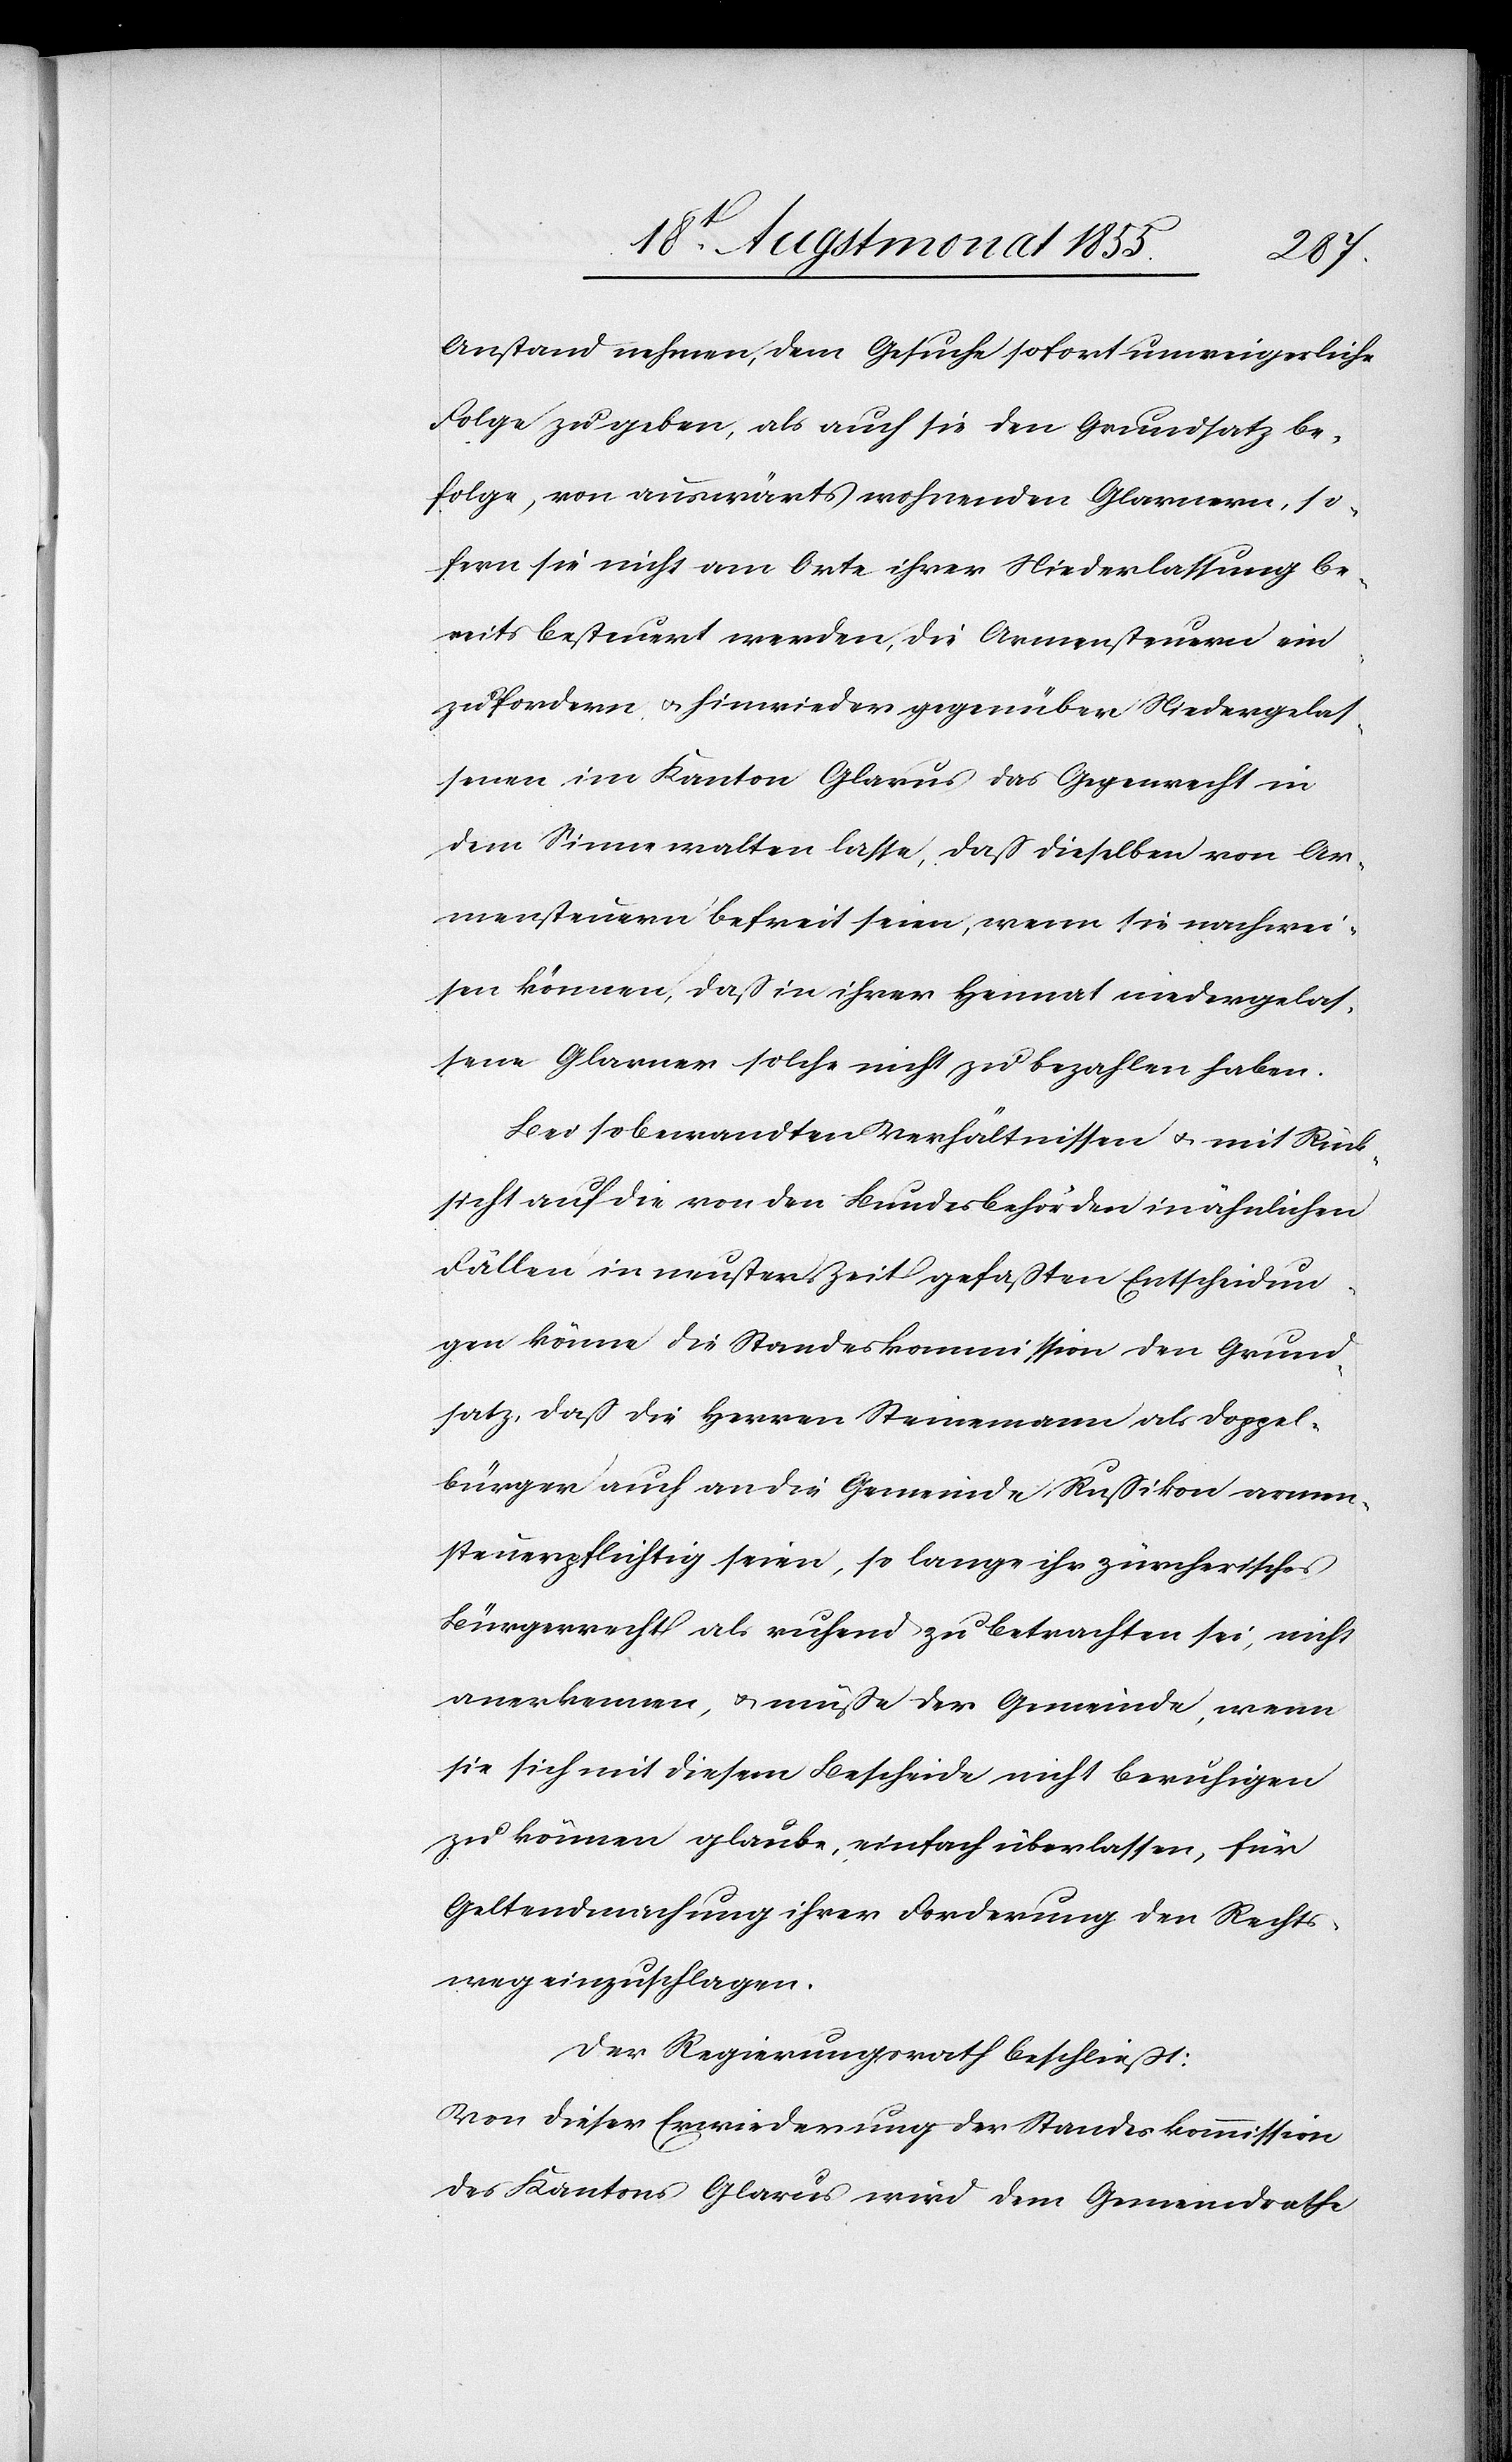
Anstand nehmen, dem Gesuche sofort unweigerliche
Folge zu geben, als auch sie den Grundsatz be¬
folge, von auswärts wohnenden Glarnern, so¬
fern sie nicht am Orte ihrer Niederlassung be¬
reits besteuert werden, die Armensteuern ein¬
zufordern & hinwieder gegenüber Niedergelas¬
senen im Kanton Glarus das Gegenrecht in
dem Sinne walten lasse, daß dieselben von Ar¬
mensteuern befreit seien, wenn sie nachwei¬
sen können, daß in ihrer Heimat niedergelas¬
sene Glarner solche nicht zu bezahlen haben.
Bei so bewandten Verhältnissen & mit Rück¬
sicht auf die von den Bundesbehörden in ähnlichen
Fällen in neuster Zeit gefaßten Entscheidun¬
gen könne die Standeskommission den Grund¬
satz, daß die Herren Steinemann als Doppel¬
bürger auch an die Gemeinde Rußikon armen¬
steuerpflichtig seien, so lange ihr zürcherisches
Bürgerrecht als ruhend zu betrachten sei, nicht
anerkennen, & müße der Gemeinde, wenn
sie sich mit diesem Bescheide nicht beruhigen
zu können glaube, einfach überlassen, für
Geltendmachung ihrer Forderung den Rechts¬
weg einzuschlagen.
Der Regierungsrath beschließt:
Von dieser Erwiederung der Standeskommission
des Kantons Glarus wird dem Gemeindrathe